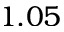
1 . 0 5